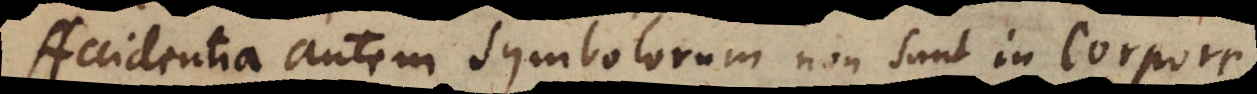
Accidentia autem symbolorum non sunt in corpore